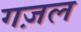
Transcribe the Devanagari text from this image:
गज़ल